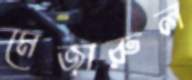
মেজারুল